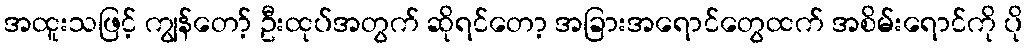
အထူးသဖြင့် ကျွန်တော့် ဦးထုပ်အတွက် ဆိုရင်တော့ အခြားအရောင်တွေထက် အစိမ်းရောင်ကို ပို